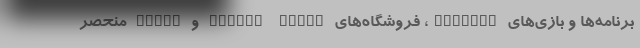
برنامه‌ها و بازی‌های Android، فروشگاه‌های Google Music و eBook منحصر